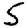
Digit: 5